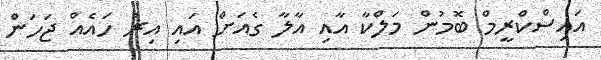
އައިސްކްރީމް ބޮމުން މަލްކާ އާއި އާލާ ގެއަށް އައި އިރު ހައެއް ޖަހަން